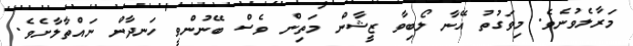
މަރާލެވުނެވެ. މިވަގުތު އޭނާ ލޯބިވާ ޒީޝާން މަތިން ވެސް ބޭނުންވީ ހަނދާން ނައްތާލާށެވެ.